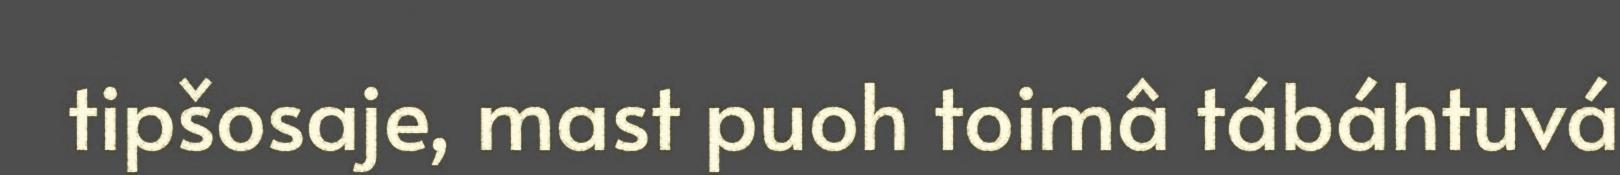
tipšosaje, mast puoh toimâ tábáhtuvá